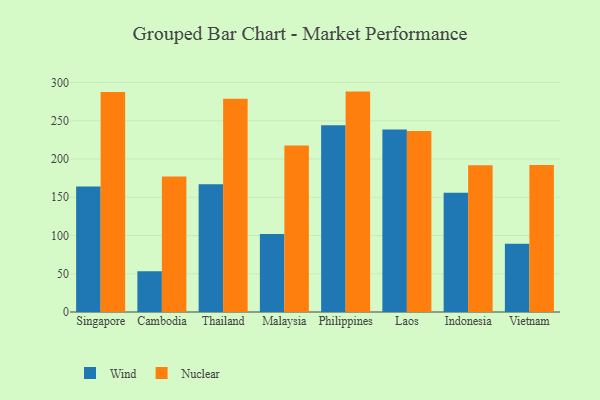
{"axis": {"x": "Country", "y": "Market Share (%)"}, "legend": ["Nuclear", "Wind"], "data": [{"x": "Singapore", "y": 164.0, "type": "Wind"}, {"x": "Singapore", "y": 287.5, "type": "Nuclear"}, {"x": "Cambodia", "y": 53.2, "type": "Wind"}, {"x": "Cambodia", "y": 177.2, "type": "Nuclear"}, {"x": "Thailand", "y": 167.0, "type": "Wind"}, {"x": "Thailand", "y": 278.6, "type": "Nuclear"}, {"x": "Malaysia", "y": 101.9, "type": "Wind"}, {"x": "Malaysia", "y": 217.5, "type": "Nuclear"}, {"x": "Philippines", "y": 244.2, "type": "Wind"}, {"x": "Philippines", "y": 288.1, "type": "Nuclear"}, {"x": "Laos", "y": 238.7, "type": "Wind"}, {"x": "Laos", "y": 236.6, "type": "Nuclear"}, {"x": "Indonesia", "y": 155.9, "type": "Wind"}, {"x": "Indonesia", "y": 191.8, "type": "Nuclear"}, {"x": "Vietnam", "y": 89.3, "type": "Wind"}, {"x": "Vietnam", "y": 192.1, "type": "Nuclear"}]}